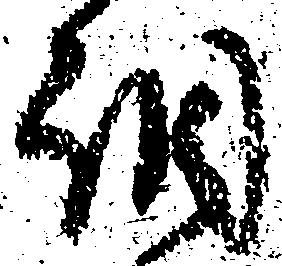
調